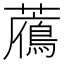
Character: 𧂶